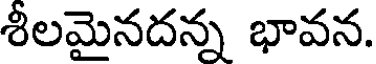
శీలమైనదన్న భావన.